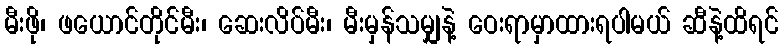
မီးဖို၊ ဖယောင်တိုင်မီး၊ ဆေးလိပ်မီး၊ မီးမှန်သမျှနဲ့ ဝေးရာမှာထားရပါမယ် ဆီနဲ့ထိရင်